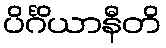
ပိင်္ဂိယာနီတိ